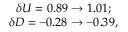
\begin{array} { c l c r } { { \delta U = 0 . 8 9 \to 1 . 0 1 ; } } \\ { { \delta D = - 0 . 2 8 \to - 0 . 3 9 , } } \end{array}